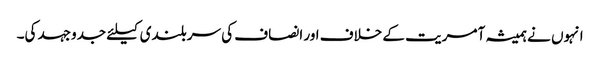
انہوں نے ہمیشہ آمریت کے خلاف اور انصاف کی سربلندی کیلئے جدوجہد کی۔